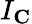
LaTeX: I_{\mathbf{C}}